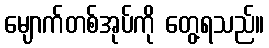
မျောက်တစ်အုပ်ကို တွေ့ရသည်။